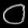
Digit: ၀